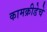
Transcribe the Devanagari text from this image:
कामक्रीडेचे